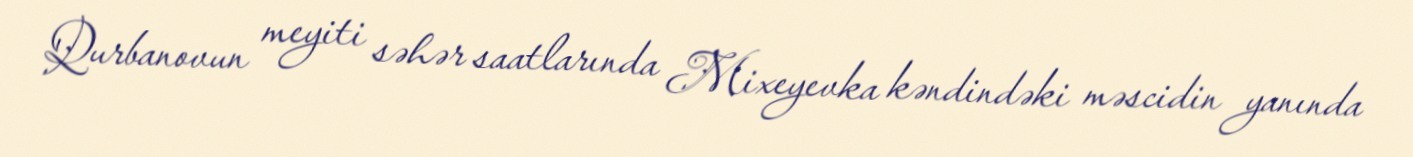
Qurbanovun meyiti səhər saatlarında Mixeyevka kəndindəki məscidin yanında